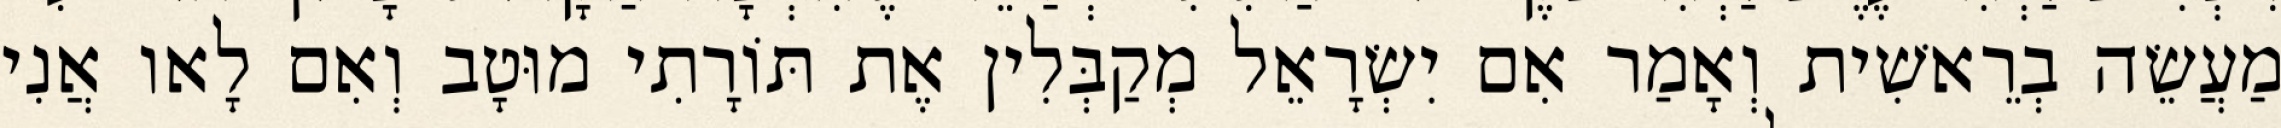
מַעֲשֵׂה בְרֵאשִׁית וְאָמַר אִם יִשְׂרָאֵל מְקַבְּלִין אֶת תּוֹרָתִי מוּטָב וְאִם לָאו אֲנִי